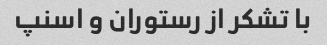
با تشکر از رستوران و اسنپ